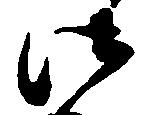
御